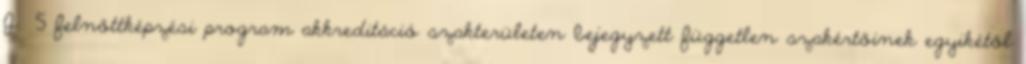
J 5 felnőttképzési program akkreditáció szakterületen bejegyzett független szakértőinek egyikétől